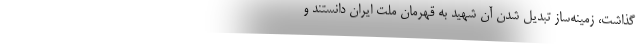
گذاشت، زمینه‌ساز تبدیل شدن آن شهید به قهرمان ملت ایران دانستند و